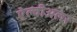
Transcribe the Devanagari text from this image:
ऐल्वीअलर